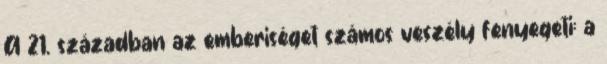
A 21. században az emberiséget számos veszély fenyegeti: a